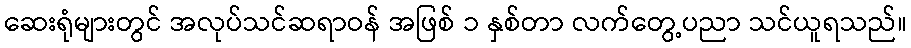
ဆေးရုံများတွင် အလုပ်သင်ဆရာဝန် အဖြစ် ၁ နှစ်တာ လက်တွေ့ပညာ သင်ယူရသည်။